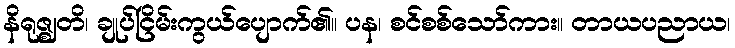
နိရုဇ္ဈတိ၊ ချုပ်ငြိမ်းကွယ်ပျောက်၏။ ပန၊ စင်စစ်သော်ကား။ တာယပညာယ၊